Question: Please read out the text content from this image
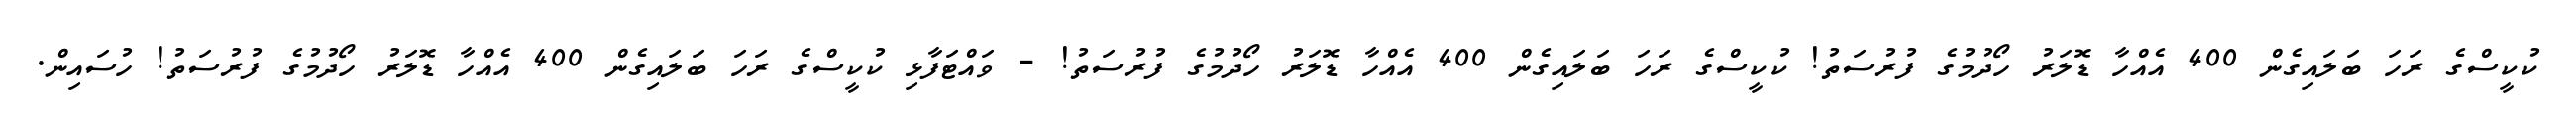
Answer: ކުކީސްގެ ރަހަ ބަލައިގެން 400 އެއްހާ ޑޮލަރު ހޯދުމުގެ ފުރުސަތު! ކުކީސްގެ ރަހަ ބަލައިގެން 400 އެއްހާ ޑޮލަރު ހޯދުމުގެ ފުރުސަތު! - ވައްޓަފާޅި ކުކީސްގެ ރަހަ ބަލައިގެން 400 އެއްހާ ޑޮލަރު ހޯދުމުގެ ފުރުސަތު! ހުސައިން.